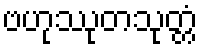
ဗဟုဿုတသုတ္တံ